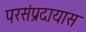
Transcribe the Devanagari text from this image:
परसंप्रदायास